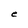
Character: e